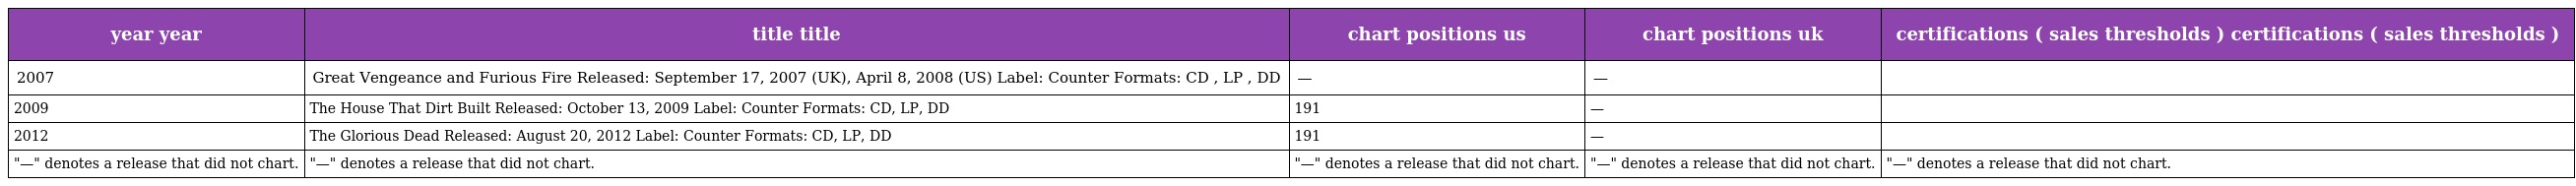
| year year | title title | chart positions us | chart positions uk | certifications ( sales thresholds ) certifications ( sales thresholds ) |
 | --- | --- | --- | --- | --- |
 | 2007 | Great Vengeance and Furious Fire Released: September 17, 2007 (UK), April 8, 2008 (US) Label: Counter Formats: CD , LP , DD | — | — |  |
 | 2009 | The House That Dirt Built Released: October 13, 2009 Label: Counter Formats: CD, LP, DD | 191 | — |  |
 | 2012 | The Glorious Dead Released: August 20, 2012 Label: Counter Formats: CD, LP, DD | 191 | — |  |
 | "—" denotes a release that did not chart. | "—" denotes a release that did not chart. | "—" denotes a release that did not chart. | "—" denotes a release that did not chart. | "—" denotes a release that did not chart. |